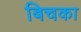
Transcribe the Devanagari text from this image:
बिचका